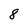
Character: 8